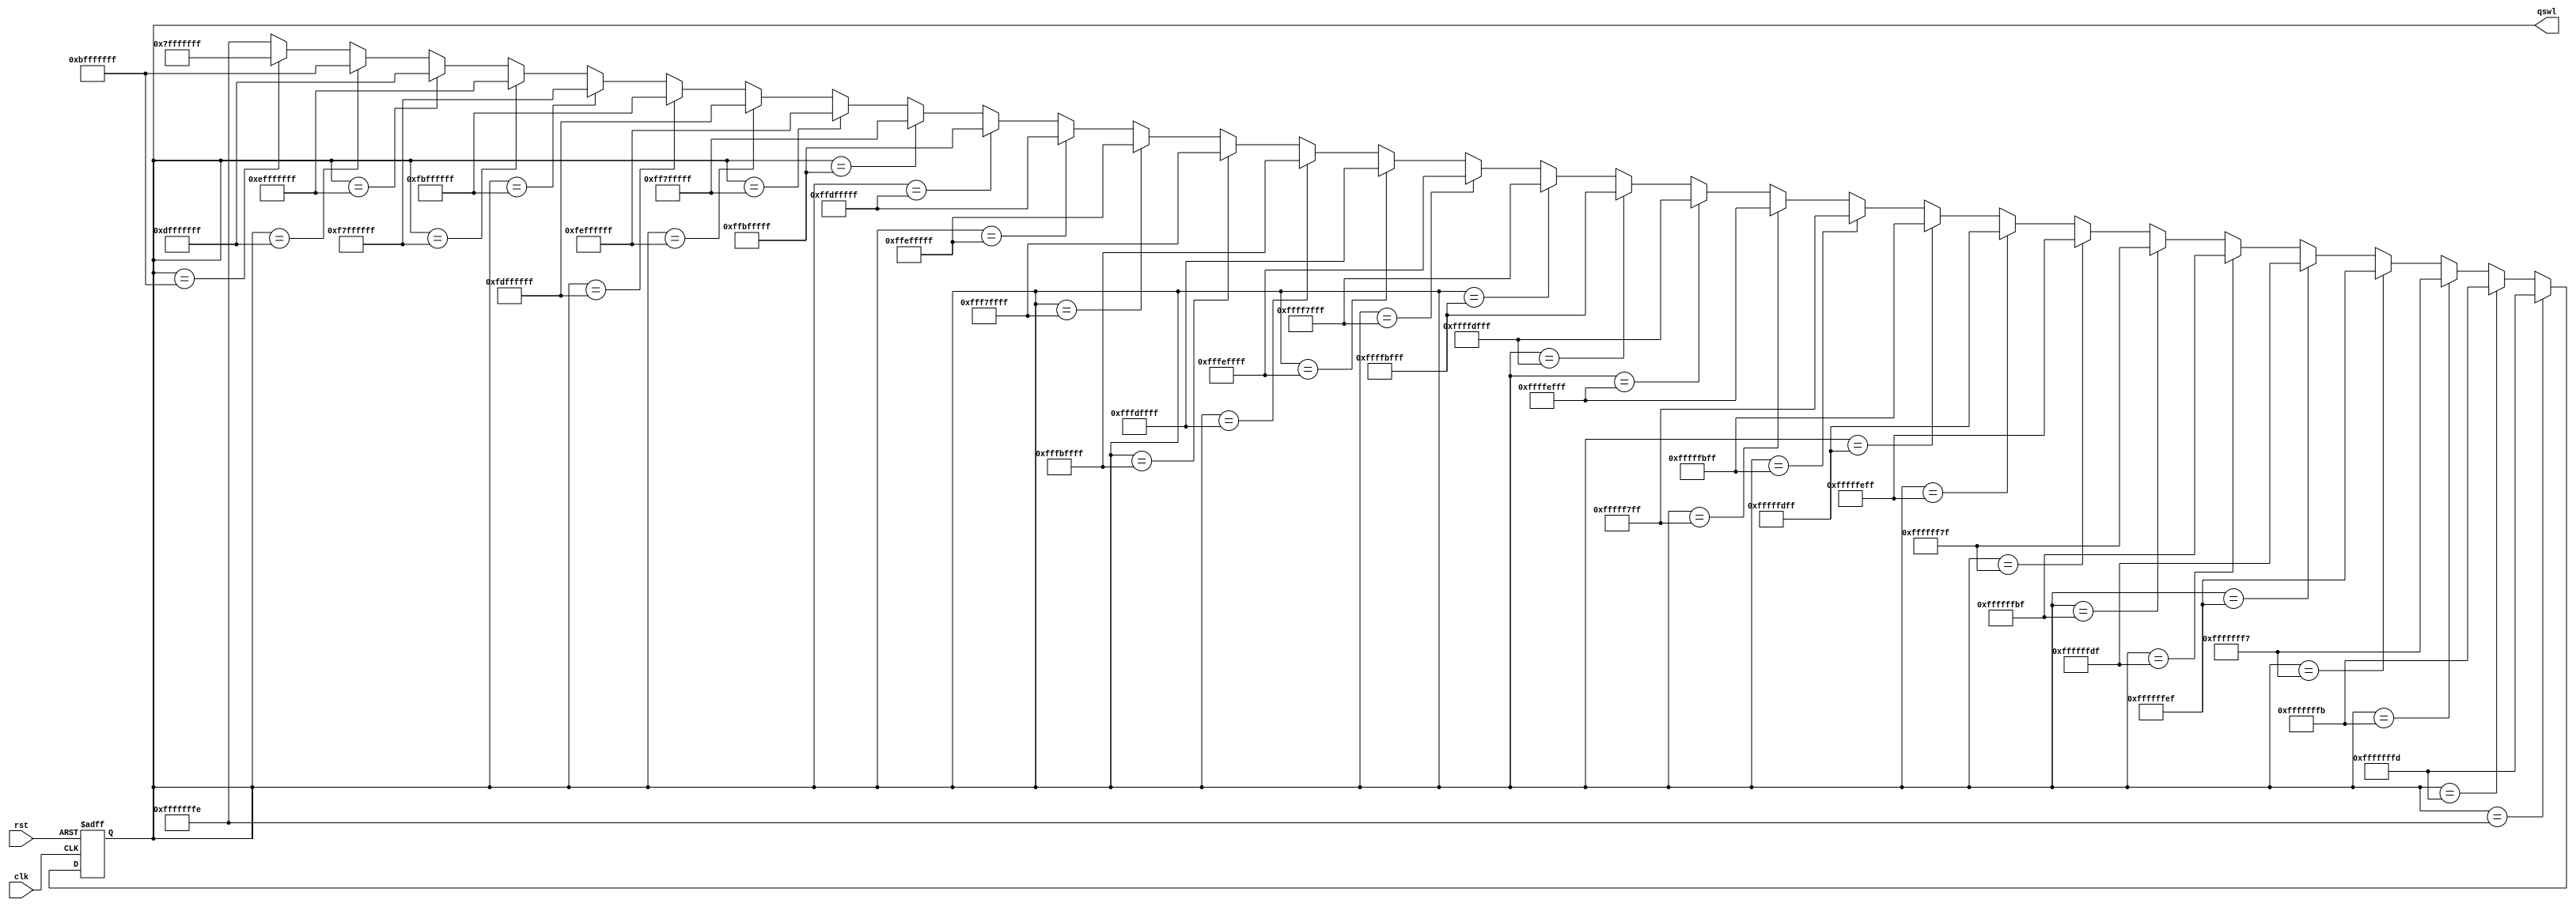
`timescale 1ns / 1ps
//////////////////////////////////////////////////////////////////////////////////
// Company: 
// Engineer: 
// 
// Design Name: 
// Module Name:    qsl 
// Project Name: 
// Target Devices: 
// Tool versions: 
// Description: 
//
// Dependencies: 
//
// Revision: 
// Revision 0.01 - File Created
// Additional Comments: 
//
//////////////////////////////////////////////////////////////////////////////////
module qsl(
input clk,
input rst,
output [31:0]qswl
    );
reg [31:0]a;

always @(posedge rst or posedge clk)
begin
	if(rst==1) a <= 32'hfffffffe;
	else if(a==32'hfffffffe)a<=32'hfffffffd;
	else if(a==32'hfffffffd)a<=32'hfffffffb;
	else if(a==32'hfffffffb)a<=32'hfffffff7;
	else if(a==32'hfffffff7)a<=32'hffffffef;
	else if(a==32'hffffffef)a<=32'hffffffdf;
	else if(a==32'hffffffdf)a<=32'hffffffbf;
	else if(a==32'hffffffbf)a<=32'hffffff7f;
	else if(a==32'hffffff7f)a<=32'hfffffeff;
	else if(a==32'hfffffeff)a<=32'hfffffdff;
	else if(a==32'hfffffdff)a<=32'hfffffbff;
	else if(a==32'hfffffbff)a<=32'hfffff7ff;
	else if(a==32'hfffff7ff)a<=32'hffffefff;
	else if(a==32'hffffefff)a<=32'hffffdfff;
	else if(a==32'hffffdfff)a<=32'hffffbfff;
	else if(a==32'hffffbfff)a<=32'hffff7fff;
	else if(a==32'hffff7fff)a<=32'hfffeffff;
	else if(a==32'hfffeffff)a<=32'hfffdffff;
	else if(a==32'hfffdffff)a<=32'hfffbffff;
	else if(a==32'hfffbffff)a<=32'hfff7ffff;
	else if(a==32'hfff7ffff)a<=32'hffefffff;
	else if(a==32'hffefffff)a<=32'hffdfffff;
	else if(a==32'hffdfffff)a<=32'hffbfffff;
	else if(a==32'hffbfffff)a<=32'hff7fffff;
	else if(a==32'hff7fffff)a<=32'hfeffffff;
	else if(a==32'hfeffffff)a<=32'hfdffffff;
	else if(a==32'hfdffffff)a<=32'hfbffffff;
	else if(a==32'hfbffffff)a<=32'hf7ffffff;
	else if(a==32'hf7ffffff)a<=32'hefffffff;
	else if(a==32'hefffffff)a<=32'hdfffffff;
	else if(a==32'hdfffffff)a<=32'hbfffffff;
	else if(a==32'hbfffffff)a<=32'h7fffffff;
	else if(a==32'h7fffffff)a<=32'hfffffffe;
	else a<=32'hfffffffe;
end
assign qswl=a;

endmodule